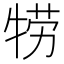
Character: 𤙯